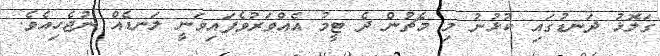
ގަލޮޅު ދަނޑުގައި ކުޅުނު މި މެޗުން ދެ ޓީމު އެއްވަރުވެފައިވަނީ ލަނޑެެއް ނުޖެހިއެވެ.